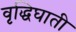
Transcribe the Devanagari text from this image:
वृद्धिघाती